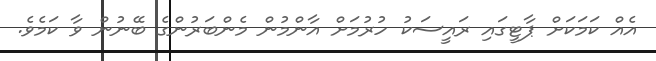
އެއް ކަމަކަށް ޕާޓީގައި ރައީސަކު ހުރުމަށް އާންމުން މެންބަރުންގެ ބޭނުން ވާ ކަމެވެ.